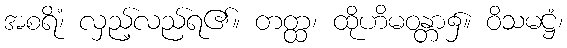
အစရိံ၊ လှည့်လည်ရ၏။ တတ္ထ၊ ထိုဟိမဝန္တာ၌။ ဝိသမဋ္ဌံ၊